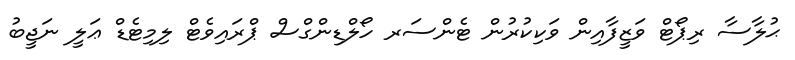
ޙުލާސާ ރިޕޯޓް ވަޒީފާއިން ވަކިކުރުން ޓެންސަރ ހޯލްޑިންގްސް ޕްރައިވެޓް ލިމިޓެޑް ޢަލީ ނަޖީބު